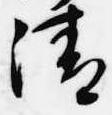
清